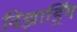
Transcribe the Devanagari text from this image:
विझार्ड्रिंग